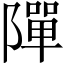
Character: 𨼒